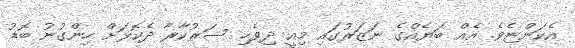
އެކަންޏެވެ. އެއް ބަޔެއްގެ ނަޒަރުގައި މިއީ ދިވެހި ސަރުކާރާ ދެކޮޅަށް ހިންގުނު ބޮޑު